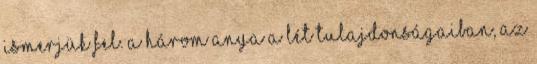
ismerjük fel. A három anya a lét tulajdonságaiban, az